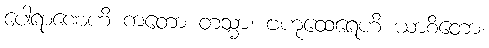
ပေါရာဏေဟိ ကတော တသ္မာ၊ ဗဟုထေရေဟိ ယာစိတော၊